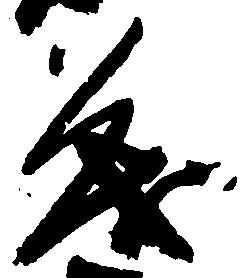
茂